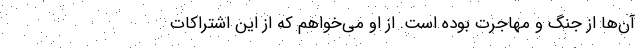
آن‌ها از جنگ و مهاجرت بوده است. از او می‌خواهم که از این اشتراکات